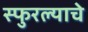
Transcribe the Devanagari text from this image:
स्फुरल्याचे